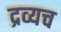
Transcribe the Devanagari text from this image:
द्रव्यच